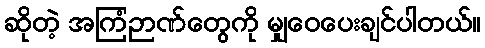
ဆိုတဲ့ အကြံဉာဏ်တွေကို မျှဝေပေးချင်ပါတယ်။